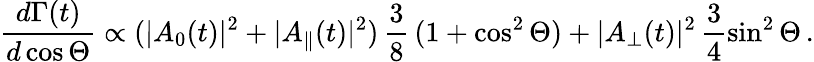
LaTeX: \frac{d\Gamma(t)}{d\cos\Theta}\propto(|A_{0}(t)|^{2}+|A_{\| }(t)|^{2})\, \frac{3}{8}\, (1+\cos^{2}\Theta)+|A_{\perp}(t)|^{2}\, \frac{3}{4}\sin^{2}\Theta\, .